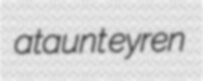
ataunt eyren